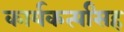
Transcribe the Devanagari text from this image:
कार्यकर्त्यांसह